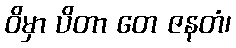
ဝိမှာ ပိတာ တေ ဇနတံ၊